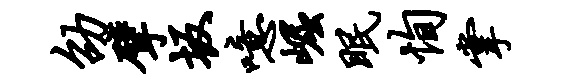
劭擘坂噫崛眠恂掌